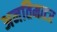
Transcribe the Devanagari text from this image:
अनतिमत्टर